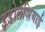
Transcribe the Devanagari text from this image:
इंडोलेशियाई